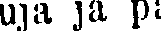
uja ja pi